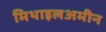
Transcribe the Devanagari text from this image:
मिथाइलअमीन